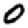
Digit: 0